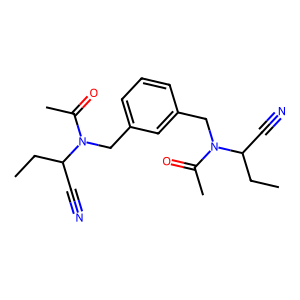
SMILES: CCC(C#N)N(Cc1cccc(CN(C(C)=O)C(C#N)CC)c1)C(C)=O
Inhibits HIV replication: No